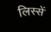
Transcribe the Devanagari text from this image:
लिस्सें